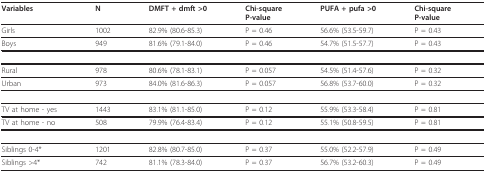
| Variables | N | DMFT + dmft >0 | Chi-squareP-value | PUFA + pufa >0 | Chi-squareP-value |
 | --- | --- | --- | --- | --- | --- |
 | Girls | 1002 | 82.9% (80.6-85.3) | P = 0.46 | 56.6% (53.5-59.7) | P = 0.43 |
 | Boys | 949 | 81.6% (79.1-84.0) | P = 0.46 | 54.7% (51.5-57.7) | P = 0.43 |
 | Rural | 978 | 80.6% (78.1-83.1) | P = 0.057 | 54.5% (51.4-57.6) | P = 0.32 |
 | Urban | 973 | 84.0% (81.6-86.3) | P = 0.057 | 56.8% (53.7-60.0) | P = 0.32 |
 | TV at home - yes | 1443 | 83.1% (81.1-85.0) | P = 0.12 | 55.9% (53.3-58.4) | P = 0.81 |
 | TV at home - no | 508 | 79.9% (76.4-83.4) | P = 0.12 | 55.1% (50.8-59.5) | P = 0.81 |
 | Siblings 0-4* | 1201 | 82.8% (80.7-85.0) | P = 0.37 | 55.0% (52.2-57.9) | P = 0.49 |
 | Siblings >4* | 742 | 81.1% (78.3-84.0) | P = 0.37 | 56.7% (53.2-60.3) | P = 0.49 |